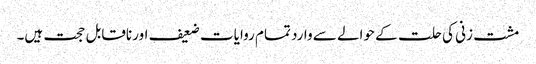
مشت زنی کی حلت کے حوالے سے وارد تمام روایات ضعیف اور ناقابل حجت ہیں۔